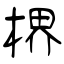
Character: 楐